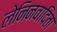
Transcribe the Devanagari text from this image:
लेनिनवादिता